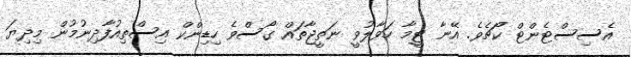
އެސިސްޓެންޓް ކޯޗެވެ. އޭނާ ޓީމާ ހަވާލުވީ ނަތީޖާތައް ގޯސްވެ ހިޑިންކް އިސްތިއުފާދިނުމުން މިދިޔަ